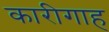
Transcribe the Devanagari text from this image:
कारीगाह